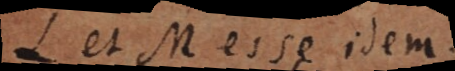
L et M esse idem.